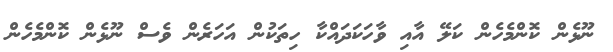
ނޫޅެން ކޮންމެހެން ކަލޭ އާއި ވާހަކަދައްކާ ހިތަކުން އަހަރެން ވެސް ނޫޅެން ކޮންމެހެން